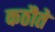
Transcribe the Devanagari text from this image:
कठौते